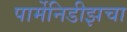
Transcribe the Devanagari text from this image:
पार्मेनिडीझचा